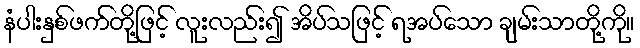
နံပါးနှစ်ဖက်တို့ဖြင့် လူးလည်း၍ အိပ်သဖြင့် ရအပ်သော ချမ်းသာတို့ကို။